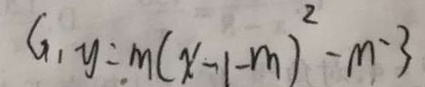
G _ { 1 } y = m ( x - 1 - m ) ^ { 2 } - m \cdot 3